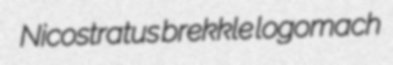
Nicostratus brekkle logomach